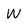
Character: W